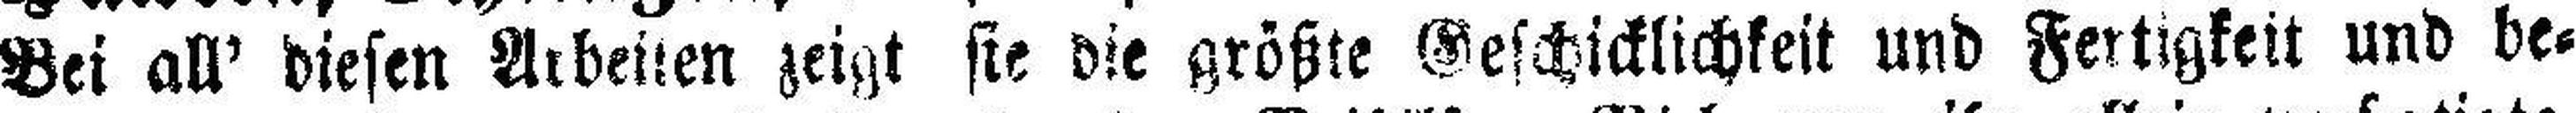
Bei all' diesen Arbeiten zeigt sie die größte Geschicklichkeit und Fertigkeit und be¬